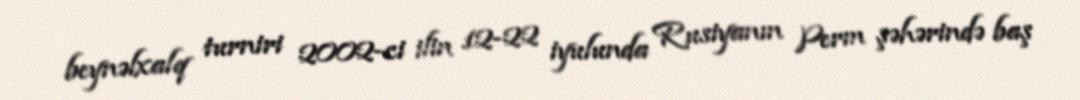
beynəlxalq turniri 2002-ci ilin 12-22 iyulunda Rusiyanın Perm şəhərində baş